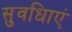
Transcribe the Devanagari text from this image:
सुवधिाएं